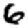
Digit: 6